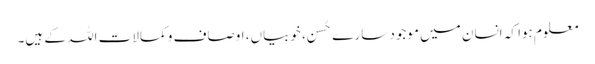
معلوم ہوا کہ انسان میں موجود سارے حُسن، خوبیاں، اوصاف و کمالات اللہ کے ہیں۔